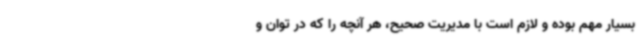
بسیار مهم بوده و لازم است با مدیریت صحیح، هر آنچه را که در توان و